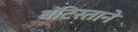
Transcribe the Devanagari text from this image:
बटिस्ताने